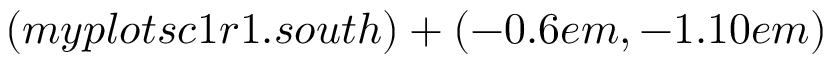
( m y p l o t s c 1 r 1 . s o u t h ) + ( - 0 . 6 e m , - 1 . 1 0 e m )